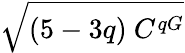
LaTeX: \sqrt{(5-3q)\ C^{qG}}